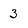
Character: 3